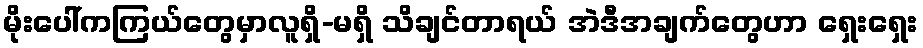
မိုးပေါ်ကကြယ်တွေမှာလူရှိ-မရှိ သိချင်တာရယ် အဲဒီအချက်တွေဟာ ရှေးရှေး